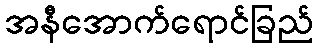
အနီအောက်ရောင်ခြည်